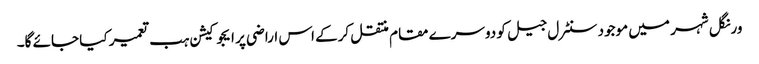
ورنگل شہر میں موجود سنٹرل جیل کو دوسرے مقام منتقل کرکے اس اراضی پر ایجوکیشن ہب تعمیر کیا جائے گا۔